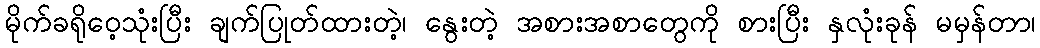
မိုက်ခရိုဝေ့သုံးပြီး ချက်ပြုတ်ထားတဲ့၊ နွေးတဲ့ အစားအစာတွေကို စားပြီး နှလုံးခုန် မမှန်တာ၊